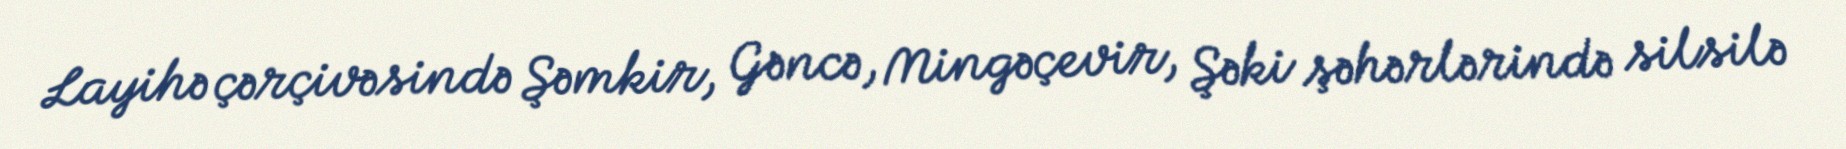
Layihə çərçivəsində Şəmkir, Gəncə, Mingəçevir, Şəki şəhərlərində silsilə